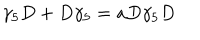
LaTeX: \gamma _ { 5 } D + D \gamma _ { 5 } = a D \gamma _ { 5 } D